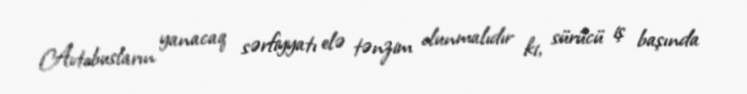
Avtobusların yanacaq sərfiyyatı elə tənzim olunmalıdır ki, sürücü iş başında